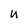
Character: U